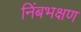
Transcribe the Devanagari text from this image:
निंबभक्षण